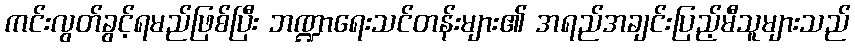
ကင်းလွတ်ခွင့်ရမည်ဖြစ်ပြီး ဘဏ္ဍာရေးသင်တန်းများ၏ အရည်အချင်းပြည့်မီသူများသည်